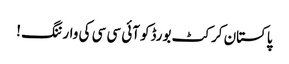
پاکستان کرکٹ بورڈکو آئی سی سی کی وارننگ !